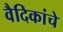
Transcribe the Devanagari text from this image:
वैदिकांचे